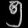
Digit: ၅